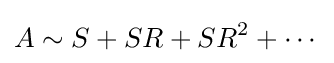
A\sim S+SR+SR^{2}+\cdots